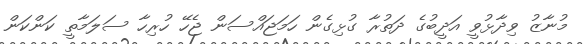
މުނާޒު ވިދާޅުވީ އަދީބުގެ ދަތުރާ ގުޅިގެން ހަމަޖައްސަން ޖެހޭ ހުރިހާ ސަލަމާތީ ކަންކަން